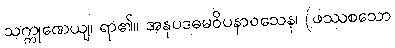
သက္ကုဏေယျ၊ ရာ၏။ အနုပဒဓမဝိပနာဝသေန၊ (ဖဿစသော